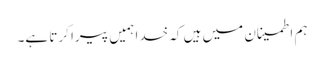
ہم اطمینان میں ہیں کہ خدا ہمیں پیرا کرتا ہے۔